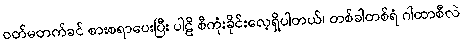
ဝတ်မတက်ခင် စားစရာပေးပြီး ပါဠိ စီကုံးခိုင်းလေ့ရှိပါတယ်၊ တစ်ခါတစ်ရံ ဂါထာစီလဲ